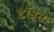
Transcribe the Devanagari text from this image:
टॉउन